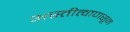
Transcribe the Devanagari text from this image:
अस्तीत्वापासून